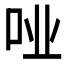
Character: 𫩤